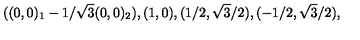
( ( 0 , 0 ) _ { 1 } - 1 / \sqrt { 3 } ( 0 , 0 ) _ { 2 } ) , ( 1 , 0 ) , ( 1 / 2 , \sqrt { 3 } / 2 ) , ( - 1 / 2 , \sqrt { 3 } / 2 ) ,